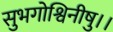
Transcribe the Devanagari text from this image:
सुभगोश्विनीषु।।